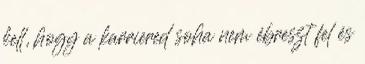
kell, hogy a karriered soha nem ébreszt fel és